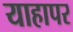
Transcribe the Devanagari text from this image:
याहापर